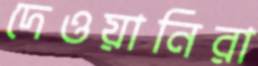
দেওয়ানিরা